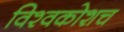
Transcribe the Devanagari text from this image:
विश्वकोशच